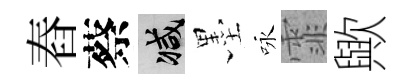
舂蔡减墨咏霏歟